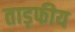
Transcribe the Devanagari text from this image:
ताड़फीय